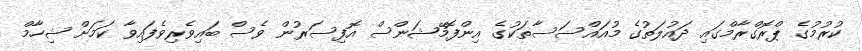
ކުރުމުގެ ޕްރޮގްރާމްގައި ދައުލަތުގެ މުއައްސަސާތަކުގެ އިންފޮމޭޝަންސް އޮފިސަރުން ވެސް ބައިވެރިވެފައިވާ ކަމަށް ޝިހާމް